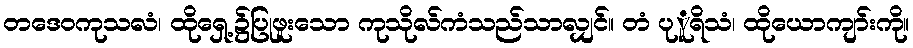
တဒေဝကုသလံ၊ ထိုရှေ့၌ပြုဖူးသော ကုသိုလ်ကံသည်သာလျှင်။ တံ ပုူရိသံ၊ ထိုယောကျာ်းကို။